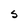
Character: S